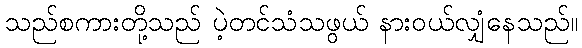
သည်စကားတို့သည် ပဲ့တင်သံသဖွယ် နားဝယ်လျှံနေသည်။